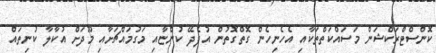
ކޮންސްޓްރަކްޝަން މަސައްކަތްތަކާއި އެހެނިހެން ގޮތްގޮތުން އުފެދޭ ކުންޏާއި މަގުމައްޗަށާއި މޫދަށް އުކާލާ ކުނިތައް